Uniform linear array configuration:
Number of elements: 24
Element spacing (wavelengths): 0.5
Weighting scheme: hann
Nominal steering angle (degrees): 0
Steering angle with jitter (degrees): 1.445
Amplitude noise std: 0.05
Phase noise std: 0.05

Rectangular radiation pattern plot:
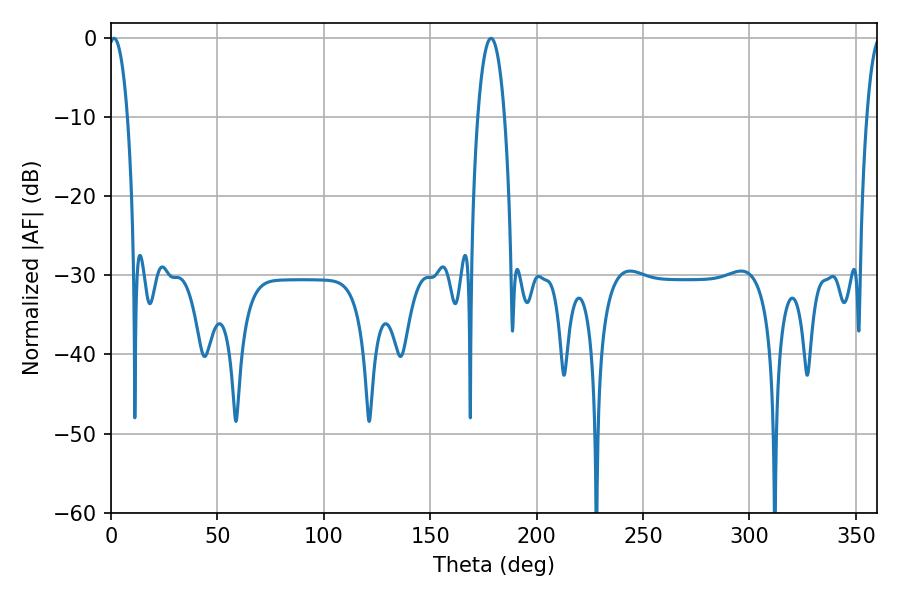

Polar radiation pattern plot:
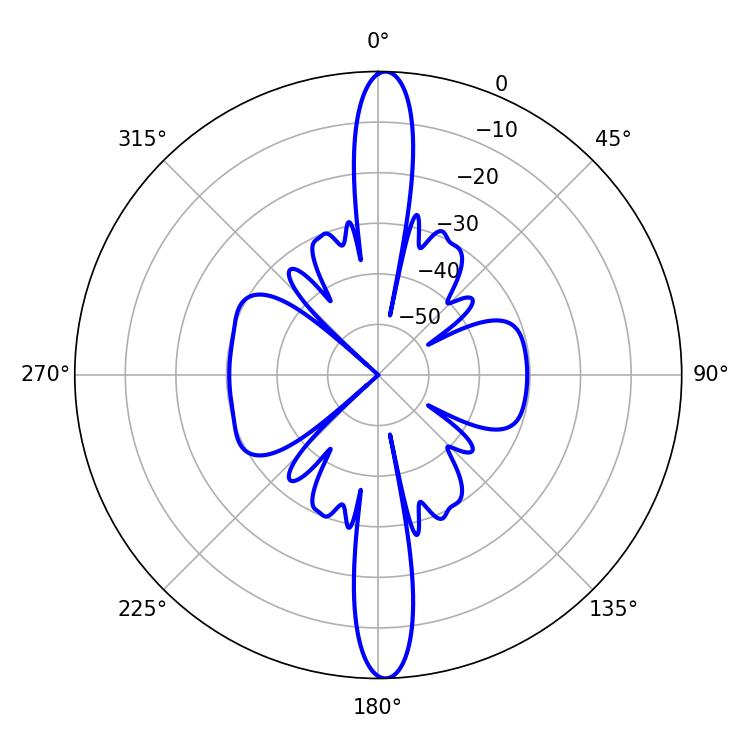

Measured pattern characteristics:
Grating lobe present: FALSE
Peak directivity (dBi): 25.123
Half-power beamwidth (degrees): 4.86
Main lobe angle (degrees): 1.44